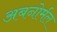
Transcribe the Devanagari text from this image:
अबनोर्मल